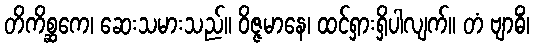
တိကိစ္ဆကေ၊ ဆေးသမားသည်။ ဝိဇ္ဇမာနေ၊ ထင်ရှားရှိပါလျက်။ တံ ဗျာဓိံ၊